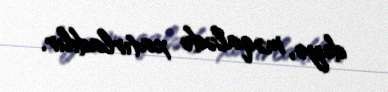
deyə, məqalədə xatırladılır.